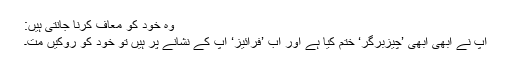
وہ خود کو معاف کرنا جانتی ہیں:
آپ نے ابھی ابھی ’چیزبرگر‘ ختم کیا ہے اور اب ’فرائیز‘ آپ کے نشانے پر ہیں تو خود کو روکیں مت۔